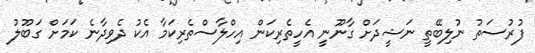
ފުރުސަތު ނުލިބޭތީ ނަޝީދަށް ގާނޫނީ އެހީތެރިކަން އިހްލާސްތެރިކަމާ އެކު ދެވިދާނެ ކަމަށް ގަބޫލު